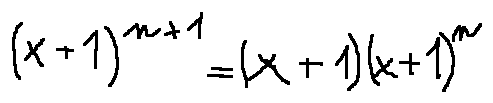
( x + 1 ) ^ { n + 1 } = ( x + 1 ) ( x + 1 ) ^ { n }